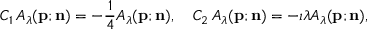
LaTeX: C _ { 1 } \, A _ { \lambda } ( { \bf p } ; { \bf n } ) = - \frac { 1 } { 4 } A _ { \lambda } ( { \bf p } ; { \bf n } ) , \quad { C _ { 2 } } \, A _ { \lambda } ( { \bf p } ; { \bf n } ) = - \imath { \lambda } A _ { \lambda } ( { \bf p } ; { \bf n } ) ,